Vaccination Hyderabad 1890-1903 - 1890-1903
Year: 1890
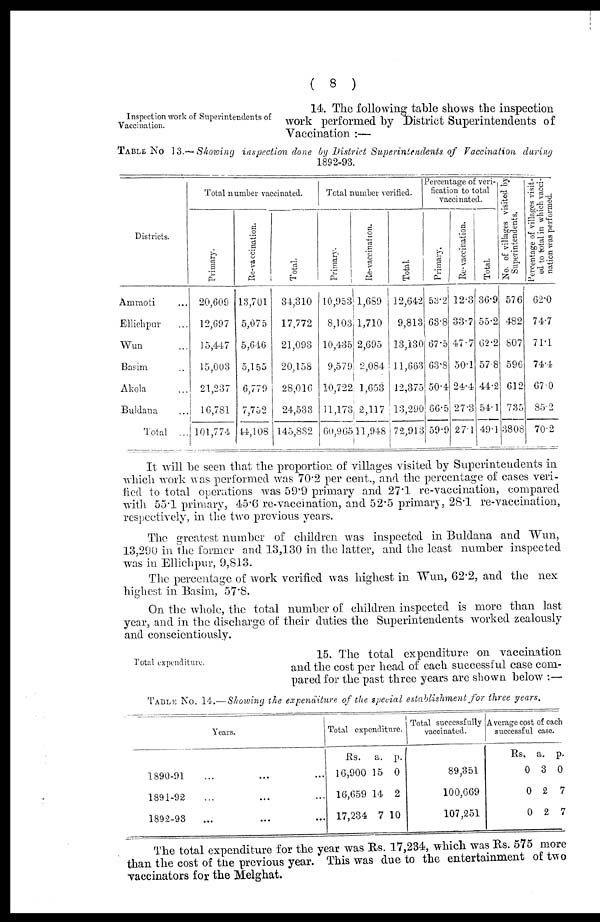
( 8 )
Inspection work of Superintendents of
Vaccination.
14. The following table shows the inspection
work performed by District Superintendents of
Vaccination :—
TABLE No 13.— Showing inspection done by District Superintendents of Vaccination during
1892-93.
Districts.
Amraoti ...
Ellichpur ...
Wun ...
Basim ...
Akola ...
Buldana ...
Total ...
Total number vaccinated.
Primary.
20,609
12,697
15,447
15,003
21,237
16,781
101,774
Re-vaccination.
13,701
5,075
5,646
5,155
6,779
7,752
44,108
Total.
34,310
17,772
21,093
20,158
28,016
24,533
145,882
Total number verified.
Primary.
10,953
8,103
10,435
9,579
10,722
11,173
60,965
Re-vaccination.
1,659
1,710
2,695
2,084
1,653
2,117
11,948
Total
12,642
9,813
13,130
11,663
12,375
13,290
72,913
Percentage of veri-
fication to total
vaccinated.
Primary.
53.2
63.8
67.5
63.8
50.4
66.5
59.9
Re-vaccination.
12.3
33.7
47.7
50.1
24.4
27.3
27.1
Total.
36.9
55.2
62.2
57.8
44.2
54.1
49.1
No. of villages visited by
Superintendents.
576
482
807
596
612
735
3808
Percentage of villages visit-
ed to total in which vacci-
nation was performed.
62.0
74.7
71.1
74.4
67.0
85.2
70.2
It will be seen that the proportion of villages visited by Superintendents in
which work was performed was 70.2 per cent., and the percentage of cases veri-
fied to total operations was 59.9 primary and 27.1 re-vaccination, compared
with 55.1 primary, 45.6 re-vaccination, and 52.5 primary, 28.1 re-vaccination,
respectively, in the two previous years.
The greatest number of children was inspected in Buldana and Wun,
13,290 in the former and 13,130 in the latter, and the least number inspected
was in Ellichpur, 9,813.
The percentage of work verified was highest in Wun, 62.2, and the nex
highest in Basim, 57.8.
On the whole, the total number of children inspected is more than last
year, and in the discharge of their duties the Superintendents worked zealously
and conscientiously.
Total expenditure.
15. The total expenditure on vaccination
and the cost per head of each successful case com-
pared for the past three years are shown below :—
TABLE No. 14.— Showing the expenditure of the special establishment for three years.
Years.
1890-91 ... ... ...
1891-92 ... ... ...
1892-93 ... ... ...
Total expenditure.
Rs.
16,900
16,659
17,234
a.
15
14
7
p.
0
2
10
Total successfully
vaccinated.
89,351
100,669
107,251
Average cost of each
successful case.
Rs.
0
0
0
a.
3
2
2
p.
0
7
7
The total expenditure for the year was Rs. 17,234, which was Rs. 575 more
than the cost of the previous year. This was due to the entertainment of two
vaccinators for the Melghat.